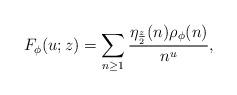
LaTeX: \begin{align*} F_\phi(u; z) = \sum_{n \geq 1}\frac{\eta_{\frac{z}{2}}(n)\rho_\phi(n)}{n^u}, \end{align*}